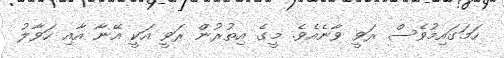
ހަމަގައިމުވެސް ރަވީ ވާނެއެވެ. މީގެ އިތުރުން ރަވީ އަކީ އޭނާ އާއި ހަވާލު